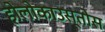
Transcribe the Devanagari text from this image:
होलोकाउस्तोस